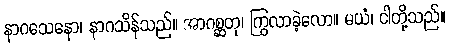
နာဂသေနော၊ နာဂသိန်သည်။ အာဂစ္ဆတု၊ ကြွလာခဲ့လော။ မယံ၊ ငါတို့သည်။